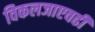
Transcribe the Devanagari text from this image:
विकलजाएवढी